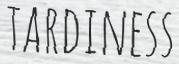
TARDINESS